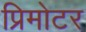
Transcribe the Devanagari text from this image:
प्रिमोटर